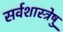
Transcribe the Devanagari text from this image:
सर्वशास्त्रेषु